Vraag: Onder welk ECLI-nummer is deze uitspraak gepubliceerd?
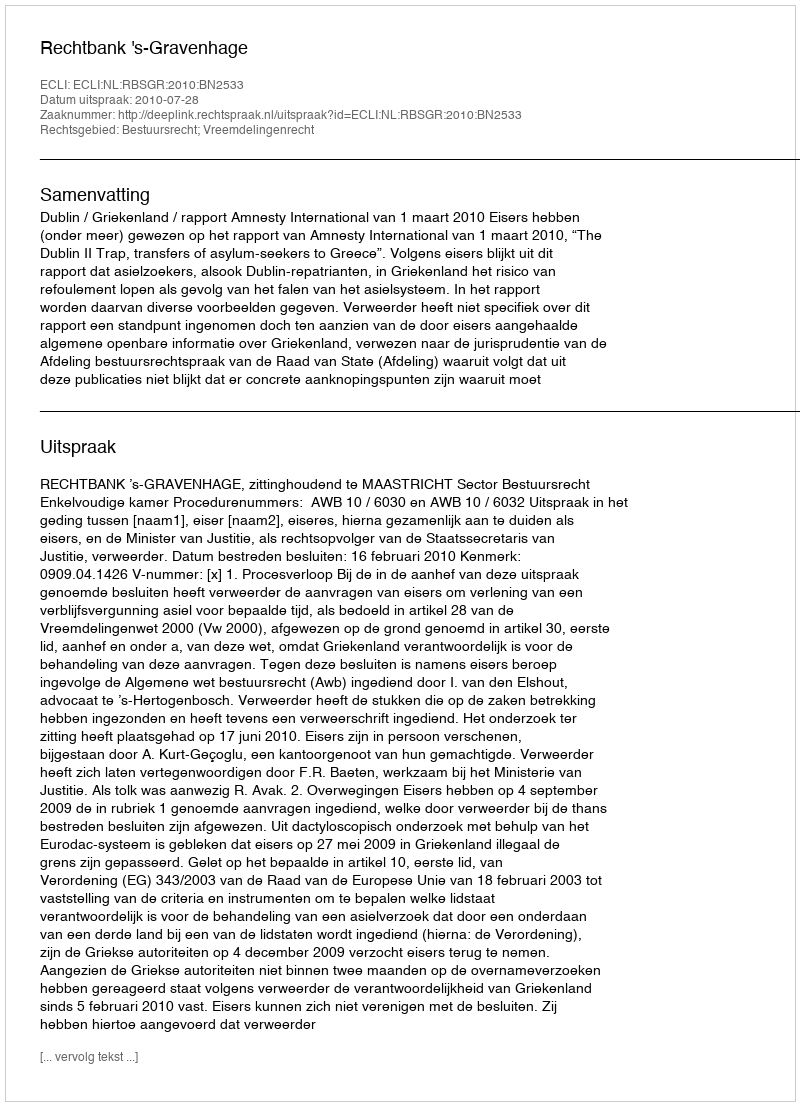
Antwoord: ECLI:NL:RBSGR:2010:BN2533